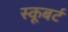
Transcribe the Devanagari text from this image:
स्कूबर्ट